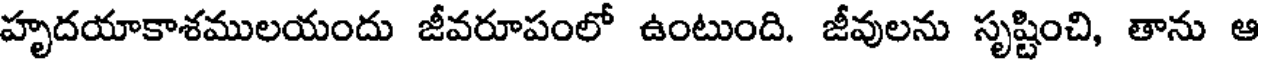
హృదయాకాశములయందు జీవరూపంలో ఉంటుంది. జీవులను సృష్టించి, తాను ఆ